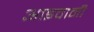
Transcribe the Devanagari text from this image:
आइवानी